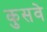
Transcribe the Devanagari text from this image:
कुसवे